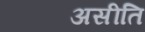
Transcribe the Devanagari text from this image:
असीति